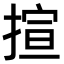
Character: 揎